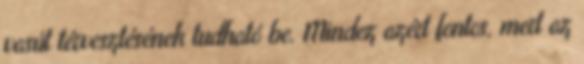
vasút térvesztésének tudható be. Mindez azért fontos, mert az